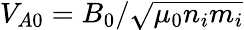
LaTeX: V_{A0}=B_{0}/\sqrt{\mu_{0}n_{i}m_{i}}